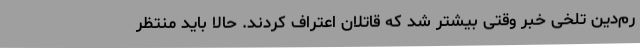
رم‌دین تلخی خبر وقتی بیشتر شد که قاتلان اعتراف کردند. حالا باید منتظر